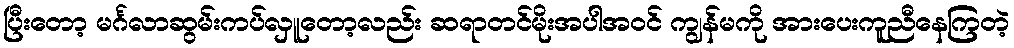
ပြီးတော့ မင်္ဂလာဆွမ်းကပ်လှူတော့လည်း ဆရာတင်မိုးအပါအဝင် ကျွန်မကို အားပေးကူညီနေကြတဲ့